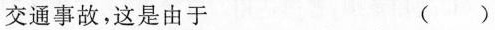
交通事故，这是由于 ( )